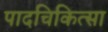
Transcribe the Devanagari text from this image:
पादचिकित्सा